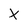
Character: X